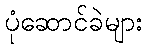
ပုံဆောင်ခဲများ